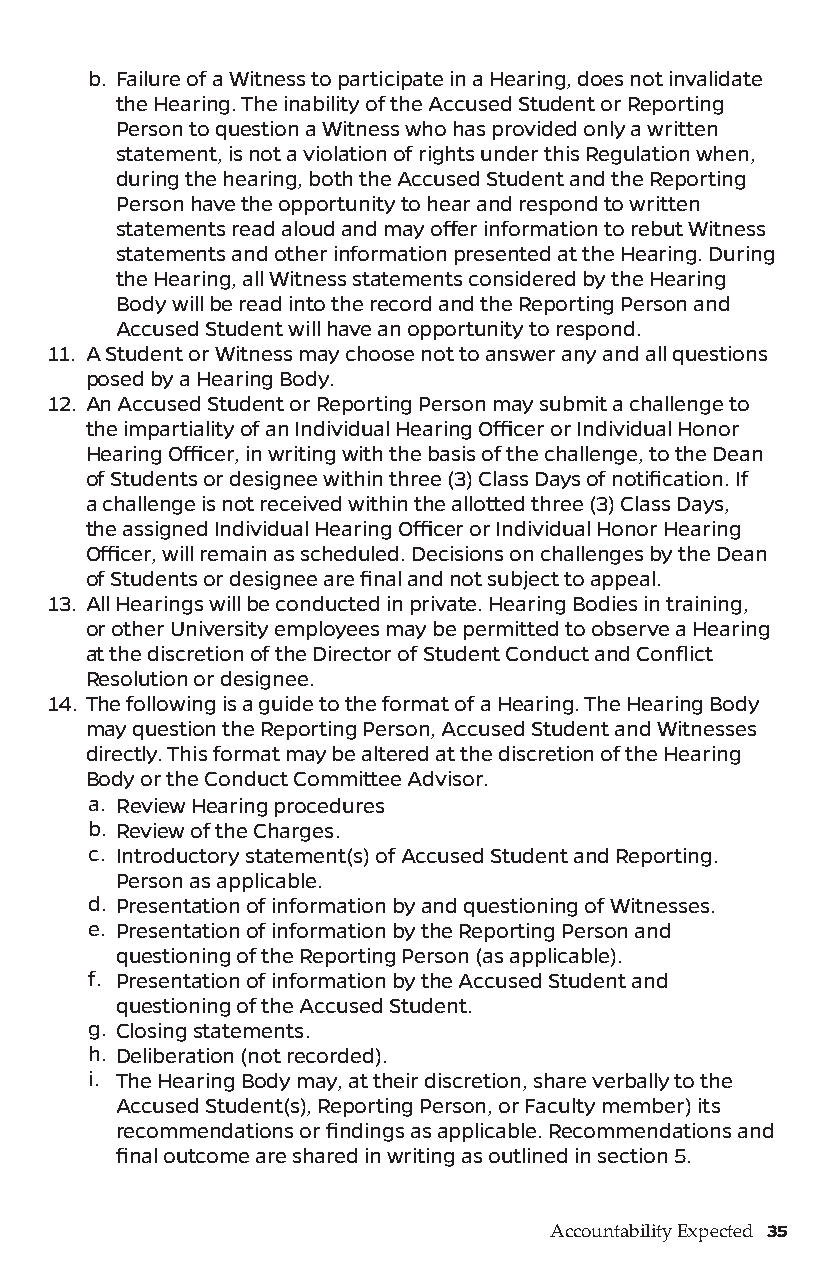
b. Failure of a Witness to participate in a Hearing, does not invalidate
 the Hearing. The inability of the Accused Student or Reporting
 Person to question a Witness who has provided only a written
 statement, is not a violation of rights under this Regulation when,
 during the hearing, both the Accused Student and the Reporting
 Person have the opportunity to hear and respond to written
 statements read aloud and may offer information to rebut Witness
 statements and other information presented at the Hearing. During
 the Hearing, all Witness statements considered by the Hearing
 Body will be read into the record and the Reporting Person and
 Accused Student will have an opportunity to respond.
 11. A Student or Witness may choose not to answer any and all questions
 posed by a Hearing Body.
 12. An Accused Student or Reporting Person may submit a challenge to
 the impartiality of an Individual Hearing Officer or Individual Honor
 Hearing Officer, in writing with the basis of the challenge, to the Dean
 of Students or designee within three (3) Class Days of notification. If
 a challenge is not received within the allotted three (3) Class Days,
 the assigned Individual Hearing Officer or Individual Honor Hearing
 Officer, will remain as scheduled. Decisions on challenges by the Dean
 of Students or designee are final and not subject to appeal.
 13. All Hearings will be conducted in private. Hearing Bodies in training,
 or other University employees may be permitted to observe a Hearing
 at the discretion of the Director of Student Conduct and Conflict
 Resolution or designee.
 14. The following is a guide to the format of a Hearing. The Hearing Body
 may question the Reporting Person, Accused Student and Witnesses
 directly. This format may be altered at the discretion of the Hearing
 Body or the Conduct Committee Advisor.
 a. Review Hearing procedures
 b. Review of the Charges.
 c. Introductory statement(s) of Accused Student and Reporting.
 Person as applicable.
 d. Presentation of information by and questioning of Witnesses.
 e. Presentation of information by the Reporting Person and
 questioning of the Reporting Person (as applicable).
 f. Presentation of information by the Accused Student and
 questioning of the Accused Student.
 g. Closing statements.
 h. Deliberation (not recorded).
 i. The Hearing Body may, at their discretion, share verbally to the
 Accused Student(s), Reporting Person, or Faculty member) its
 recommendations or findings as applicable. Recommendations and
 final outcome are shared in writing as outlined in section 5.
 Accountability Expected 35